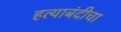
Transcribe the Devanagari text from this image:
हत्याबंदीचा